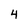
Character: 4